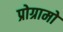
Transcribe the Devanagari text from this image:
प्रोग्रामो